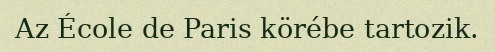
Az École de Paris körébe tartozik.